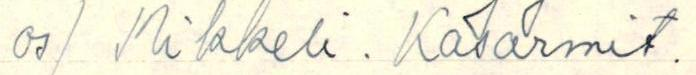
os/ Mikkeli. Kasarmit.